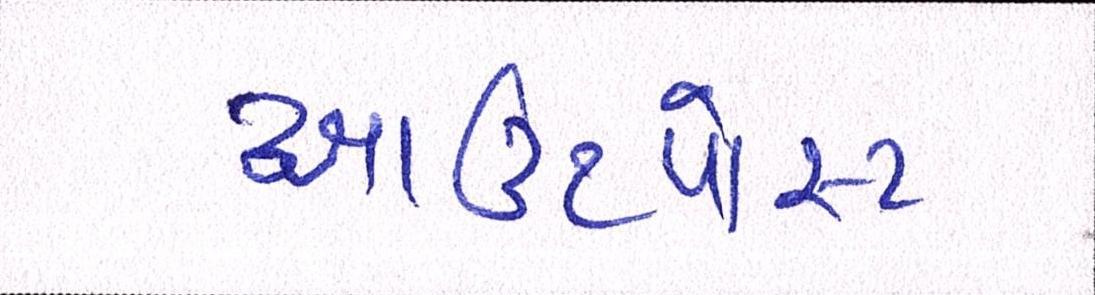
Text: આઉટપોસ્ટ